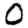
Digit: 0